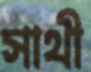
সাথী